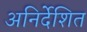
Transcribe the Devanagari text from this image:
अनिर्देशित